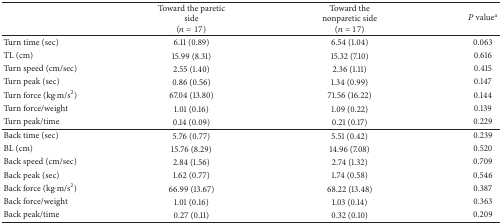
|  | Toward the paretic side(n = 17) | Toward the nonparetic side (n = 17) | P valuea |
 | --- | --- | --- | --- |
 | Turn time (sec) | 6.11 (0.89) | 6.54 (1.04) | 0.063 |
 | TL (cm) | 15.99 (8.31) | 15.32 (7.10) | 0.616 |
 | Turn speed (cm/sec) | 2.55 (1.40) | 2.36 (1.11) | 0.415 |
 | Turn peak (sec) | 0.86 (0.56) | 1.34 (0.99) | 0.147 |
 | Turn force (kg·m/s2) | 67.04 (13.80) | 71.56 (16.22) | 0.144 |
 | Turn force/weight | 1.01 (0.16) | 1.09 (0.22) | 0.139 |
 | Turn peak/time | 0.14 (0.09) | 0.21 (0.17) | 0.229 |
 | Back time (sec) | 5.76 (0.77) | 5.51 (0.42) | 0.239 |
 | BL (cm) | 15.76 (8.29) | 14.96 (7.08) | 0.520 |
 | Back speed (cm/sec) | 2.84 (1.56) | 2.74 (1.32) | 0.709 |
 | Back peak (sec) | 1.62 (0.77) | 1.74 (0.58) | 0.546 |
 | Back force (kg·m/s2) | 66.99 (13.67) | 68.22 (13.48) | 0.387 |
 | Back force/weight | 1.01 (0.16) | 1.03 (0.14) | 0.363 |
 | Back peak/time | 0.27 (0.11) | 0.32 (0.10) | 0.209 |